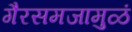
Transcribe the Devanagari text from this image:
गैरसमजामुळं